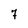
Character: 7